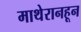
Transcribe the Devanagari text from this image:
माथेरानहून